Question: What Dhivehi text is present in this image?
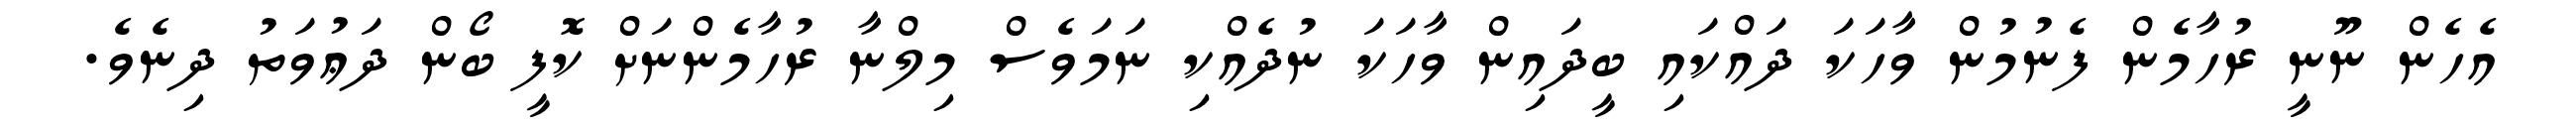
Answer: އެހެން ނޫނީ ރުހާމެން ފެނުމުން ވާހަކަ ދައްކައި ބީދައިން ވާހަކަ ނުދެއްކި ނަމަވެސް މިލްނާ ރުހާމެންނަށް ކޮފީ ބޯން ދަޢުވަތު ދިނެވެ.